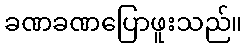
ခဏခဏပြောဖူးသည်။